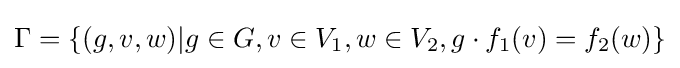
\Gamma =\{(g,v,w)|g\in G,v\in V_{1},w\in V_{2},g\cdot f_{1}(v)=f_{2}(w)\}